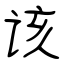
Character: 该